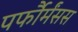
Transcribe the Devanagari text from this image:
पर्फौर्मंसस